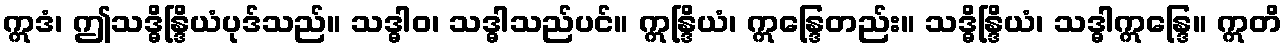
ဣဒံ၊ ဤသဒ္ဓိန္ဒြိယံပုဒ်သည်။ သဒ္ဓါဝ၊ သဒ္ဓါသည်ပင်။ ဣန္ဒြိယံ၊ ဣန္ဒြေတည်း။ သဒ္ဓိန္ဒြိယံ၊ သဒ္ဓါဣန္ဒြေ။ ဣတိ